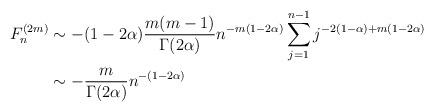
LaTeX: \begin{align*}F_n^{(2m)}&\sim -(1-2\alpha) \frac{m(m-1)}{\Gamma(2\alpha)}n^{-m(1-2\alpha)} \sum^{n-1}_{j=1} j^{-2(1-\alpha)+m(1-2\alpha)}\\&\sim -\frac{m}{\Gamma(2\alpha)} n^{-(1-2\alpha)}\end{align*}